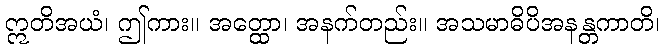
ဣတိအယံ၊ ဤကား။ အတ္ထော၊ အနက်တည်း။ အသမာဓိပိအနန္တကာတိ၊